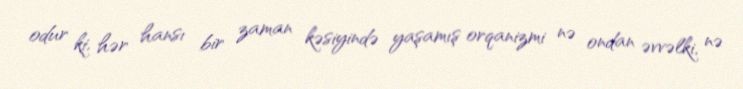
odur ki, hər hansı bir zaman kəsiyində yaşamış orqanizmi nə ondan əvvəlki, nə